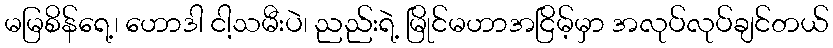
မမြစိန်ရေ့၊ ဟောဒါ ငါ့သမီးပဲ၊ ညည်းရဲ့ မြိုင်မဟာအငြိမ့်မှာ အလုပ်လုပ်ချင်တယ်